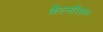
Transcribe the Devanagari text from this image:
कैल्सीडन